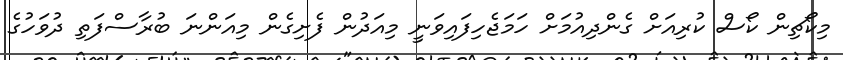
މިކޯޗިން ކޯސް ކުރިއަށް ގެންދިއުމަށް ހަމަޖެހިފައިވަނީ މިއަދުން ފެށިގެން މިއަންނަ ބުރާސްފަތި ދުވަހުގެ